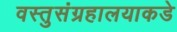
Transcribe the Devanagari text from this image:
वस्तुसंग्रहालयाकडे